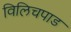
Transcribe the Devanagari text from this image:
विलिचपाड